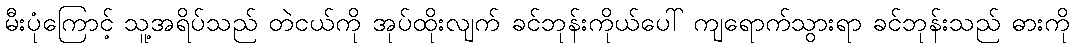
မီးပုံကြောင့် သူ့အရိပ်သည် တဲငယ်ကို အုပ်ထိုးလျက် ခင်ဘုန်းကိုယ်ပေါ် ကျရောက်သွားရာ ခင်ဘုန်းသည် ဓားကို